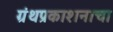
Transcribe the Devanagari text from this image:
ग्रंथप्रकाशनाचा